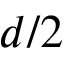
d / 2